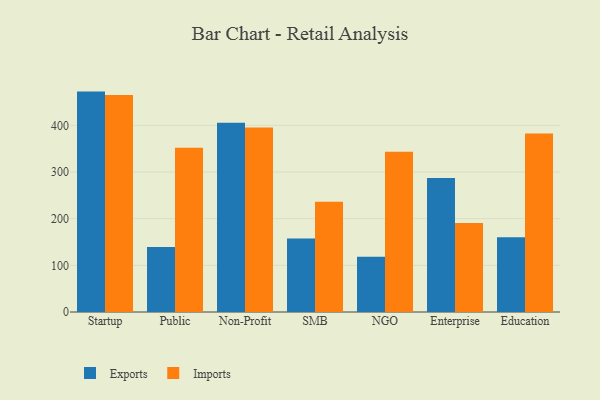
{"axis": {"x": "Segment", "y": "Website Visitors"}, "legend": ["Exports", "Imports"], "data": [{"x": "Startup", "y": 472.2, "type": "Exports"}, {"x": "Startup", "y": 465.1, "type": "Imports"}, {"x": "Public", "y": 139.5, "type": "Exports"}, {"x": "Public", "y": 352.0, "type": "Imports"}, {"x": "Non-Profit", "y": 405.3, "type": "Exports"}, {"x": "Non-Profit", "y": 395.4, "type": "Imports"}, {"x": "SMB", "y": 157.4, "type": "Exports"}, {"x": "SMB", "y": 236.2, "type": "Imports"}, {"x": "NGO", "y": 118.4, "type": "Exports"}, {"x": "NGO", "y": 343.1, "type": "Imports"}, {"x": "Enterprise", "y": 286.9, "type": "Exports"}, {"x": "Enterprise", "y": 190.8, "type": "Imports"}, {"x": "Education", "y": 159.9, "type": "Exports"}, {"x": "Education", "y": 382.6, "type": "Imports"}]}